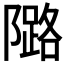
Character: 𱀺